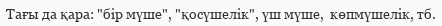
Тағы да қара: "бiр мүше", "қосүшелiк", үш мүше,  көпмүшелiк, тб.